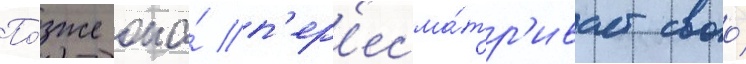
По́зже она́ п'ер'есма́тр'ивает своо́